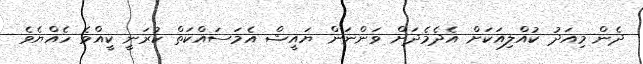
ދެން މިއަދު ކުއްލިއަކަށް އެދެމެދަށް ވަންނަން ޔައީޝް އެމަސައްކަތް ކުރަނީ ކީއްވެ ހެއްޔެވެ